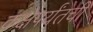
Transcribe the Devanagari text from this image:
कक्षेपर्यंतची